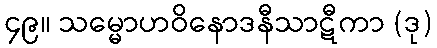
၄၉။ သမ္မောဟဝိနောဒနီသာဋီကာ (ဒု)